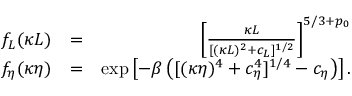
\begin{array} { r l r } { f _ { L } ( \kappa L ) } & { = } & { \left[ \frac { \kappa L } { [ ( \kappa L ) ^ { 2 } + c _ { L } ] ^ { 1 / 2 } } \right] ^ { 5 / 3 + p _ { 0 } } } \\ { f _ { \eta } ( \kappa \eta ) } & { = } & { \mathrm { e x p } \left[ - \beta \left( [ ( \kappa \eta ) ^ { 4 } + c _ { \eta } ^ { 4 } ] ^ { 1 / 4 } - c _ { \eta } \right) \right] . } \end{array}